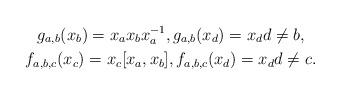
LaTeX: \begin{gather*} g_{a,b}(x_b)=x_a x_b x_a^{-1}, g_{a,b}(x_d)=x_d d\neq b,\\ f_{a,b,c}(x_c)=x_c[x_a,x_b], f_{a,b,c}(x_d)=x_d d\neq c. \end{gather*}